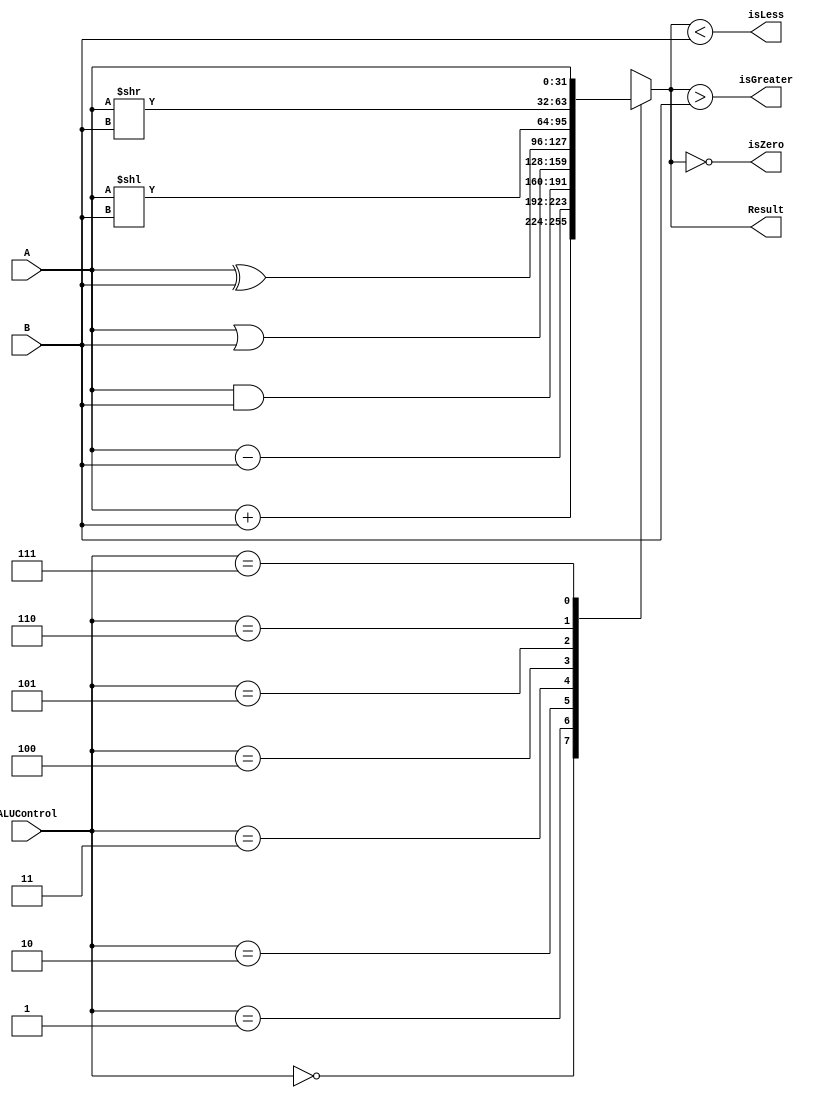
module ALU_32bit (
  input [31:0] A,
  input [31:0] B,
  input [2:0] ALUControl,
  output reg [31:0] Result,
  output reg isZero,
  output reg isGreater,
  output reg isLess
);

  always @(*)
  begin
    case (ALUControl)
      3'b000: Result <= A + B;   // Addition
      3'b001: Result <= A - B;   // Subtraction
      3'b010: Result <= A & B;   // Bitwise AND
      3'b011: Result <= A | B;   // Bitwise OR
      3'b100: Result <= A ^ B;   // Bitwise XOR
      3'b101: Result <= A << B;  // Left shift
      3'b110: Result <= A >> B;  // Right shift (logical)
      3'b111: Result <= A;       // No Operation mode
    endcase
    
    isZero <= (Result == 0);            // Set isZero flag if Result is zero
    isGreater <= (Result > B);          // Set isGreater flag if A is greater than B
    isLess <= (Result < B);             // Set isZero flag if A is less than B
  end

endmodule

// apply stimulus signals to the ALU to test
module top;
  reg [31:0] a, b;
  reg [2:0] ALU_opcode;

  wire [31:0] out;
  wire zero, greater, lesser;

  ALU_32bit U0 (a, b, ALU_opcode, out, zero, greater, lesser);

  initial begin
    $monitor("a   = %h\nb   = %H\nout = %H\nIs zero: %b\nIs greater: %b\nIs lesser: %b\n", a, b, out, zero, greater, lesser);
    #100 $finish();
  end

  initial begin
    a=5;b=1;ALU_opcode=0;
    $display("ALU_opcode: Addition");

    #10 a=255;b=255;ALU_opcode=0;
    $display("ALU_opcode: Addition");

    #10 a=255;b=255;ALU_opcode=7;
    $display("ALU_opcode: No Operation");

    #10 a=255;b=255;ALU_opcode=1;
    $display("ALU_opcode: Subtraction");
  end

endmodule